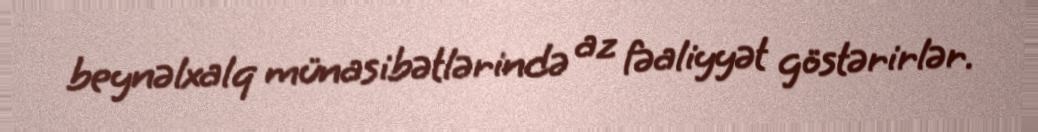
beynəlxalq münasibətlərində az fəaliyyət göstərirlər.